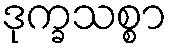
ဒုက္ခသစ္စာ